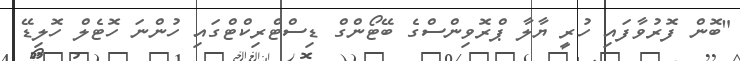
"ބޮން ފޮރުވާފައި ހުރީ ޔާލާ ޕްރޮވިންސްގެ ބޭޓޯންގް ޑިސްޓްރިކްޓްގައި ހުންނަ ހޮޓެލް ހޮލިޑޭ